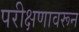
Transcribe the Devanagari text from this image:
परीक्षणावरून